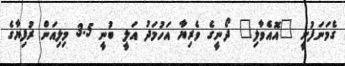
ގެމަނަފުށީ "އޮއެވާލި" ދޯނީގެ ވެރިޔާ އަހުމަދު އަލީ ބުނީ 3.5 މިލިއަން ރުފިޔާގެ